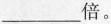
___倍。